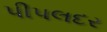
પીપલદર